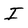
Character: I